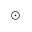
{ \odot }